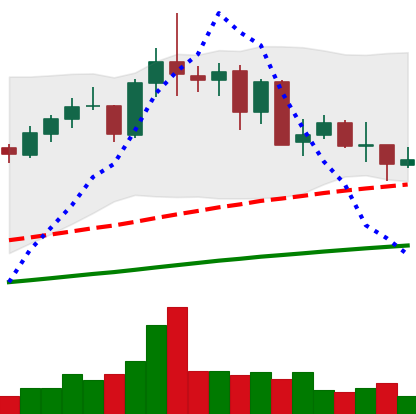
Ticker: NEO-USD
Chart end date: 2021-05-18
Forward return: -50.355%
Label: down_7plus